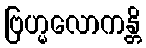
ဗြဟ္မလောကန္တိ